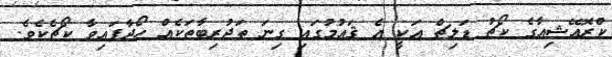
ކްރޮއޭޝިއާގެ ކޯޗު ޑަލިޗް އަކީ އެ ޤައުމުގައި ގިނަ ތަޖުރިބާތަކެއް ހޯދާފައިވާ ކޯޗެކެވެ.